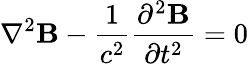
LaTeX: {\mathbf\nabla}^{2}{\mathbf B}-{\frac{1}{c^{2}}}{\frac{\partial^{2}{\mathbf B}}{\partial t^{2}}}=0